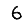
Digit: 6